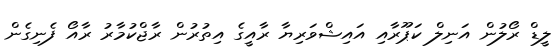
ލީޑް ރޯލުން އަނިލް ކަޕޫރާއި އައިޝްވަރިޔާ ރާއީގެ އިތުރުން ރާޖްކުމާރު ރާއޯ ފެނިގެން